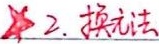
2. 换元法